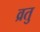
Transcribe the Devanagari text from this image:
व्रतु